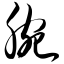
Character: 腕